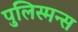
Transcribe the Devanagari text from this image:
पुलिस्मन्स